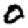
Digit: 0